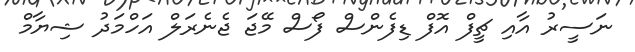
ނަސީރު އާއި ޗީފް އޮފް ޑިފެންސް ފޯސް މޭޖަ ޖެނެރަލް އަހްމަދު ޝިޔާމް